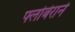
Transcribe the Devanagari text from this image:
फ्लोबेराने